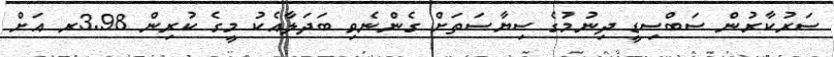
ސަރުކާރުން ސަބްސިޑީ ދިނުމުގެ ސިޔާސަތަށް ގެންނެވި ބަދަލާއެކު މީގެ ކުރިން 3.98ރ އަށް